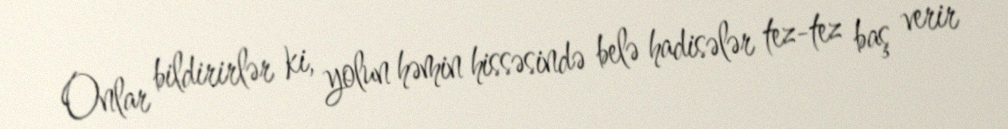
Onlar bildirirlər ki, yolun həmin hissəsində belə hadisələr tez-tez baş verir